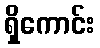
ရှိကောင်း